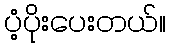
ပံ့ပိုးပေးတယ်။